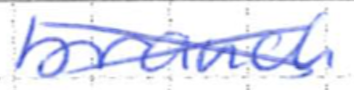
Text: branch
Cross-out: cross
Writing tool: ballpoint